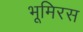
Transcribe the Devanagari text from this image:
भूमिरस